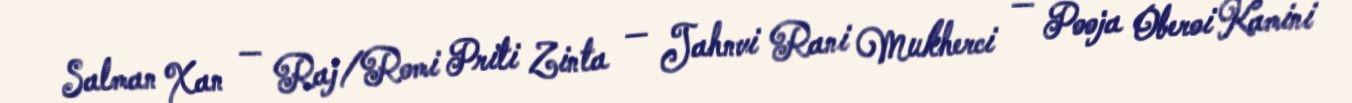
Salman Xan — Raj/Romi Priti Zinta — Jahnvi Rani Mukherci — Pooja Oberoi Kamini